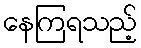
နေကြရသည့်